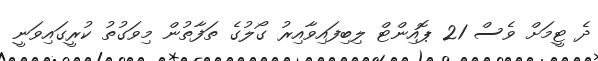
ދެ ޓީމަށް ވެސް 21 ޕޮއިންޓް ލިބިފައިވާއިރު ގޯލުގެ ތަފާތުން މިވަގުތު ކުރީގައިވަނީ